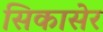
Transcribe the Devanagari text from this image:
सिकासेर